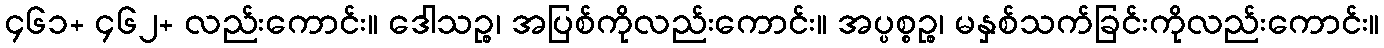
၄၆၁+ ၄၆၂+ လည်းကောင်း။ ဒေါသဉ္စ၊ အပြစ်ကိုလည်းကောင်း။ အပ္ပစ္စဉ္စ၊ မနှစ်သက်ခြင်းကိုလည်းကောင်း။